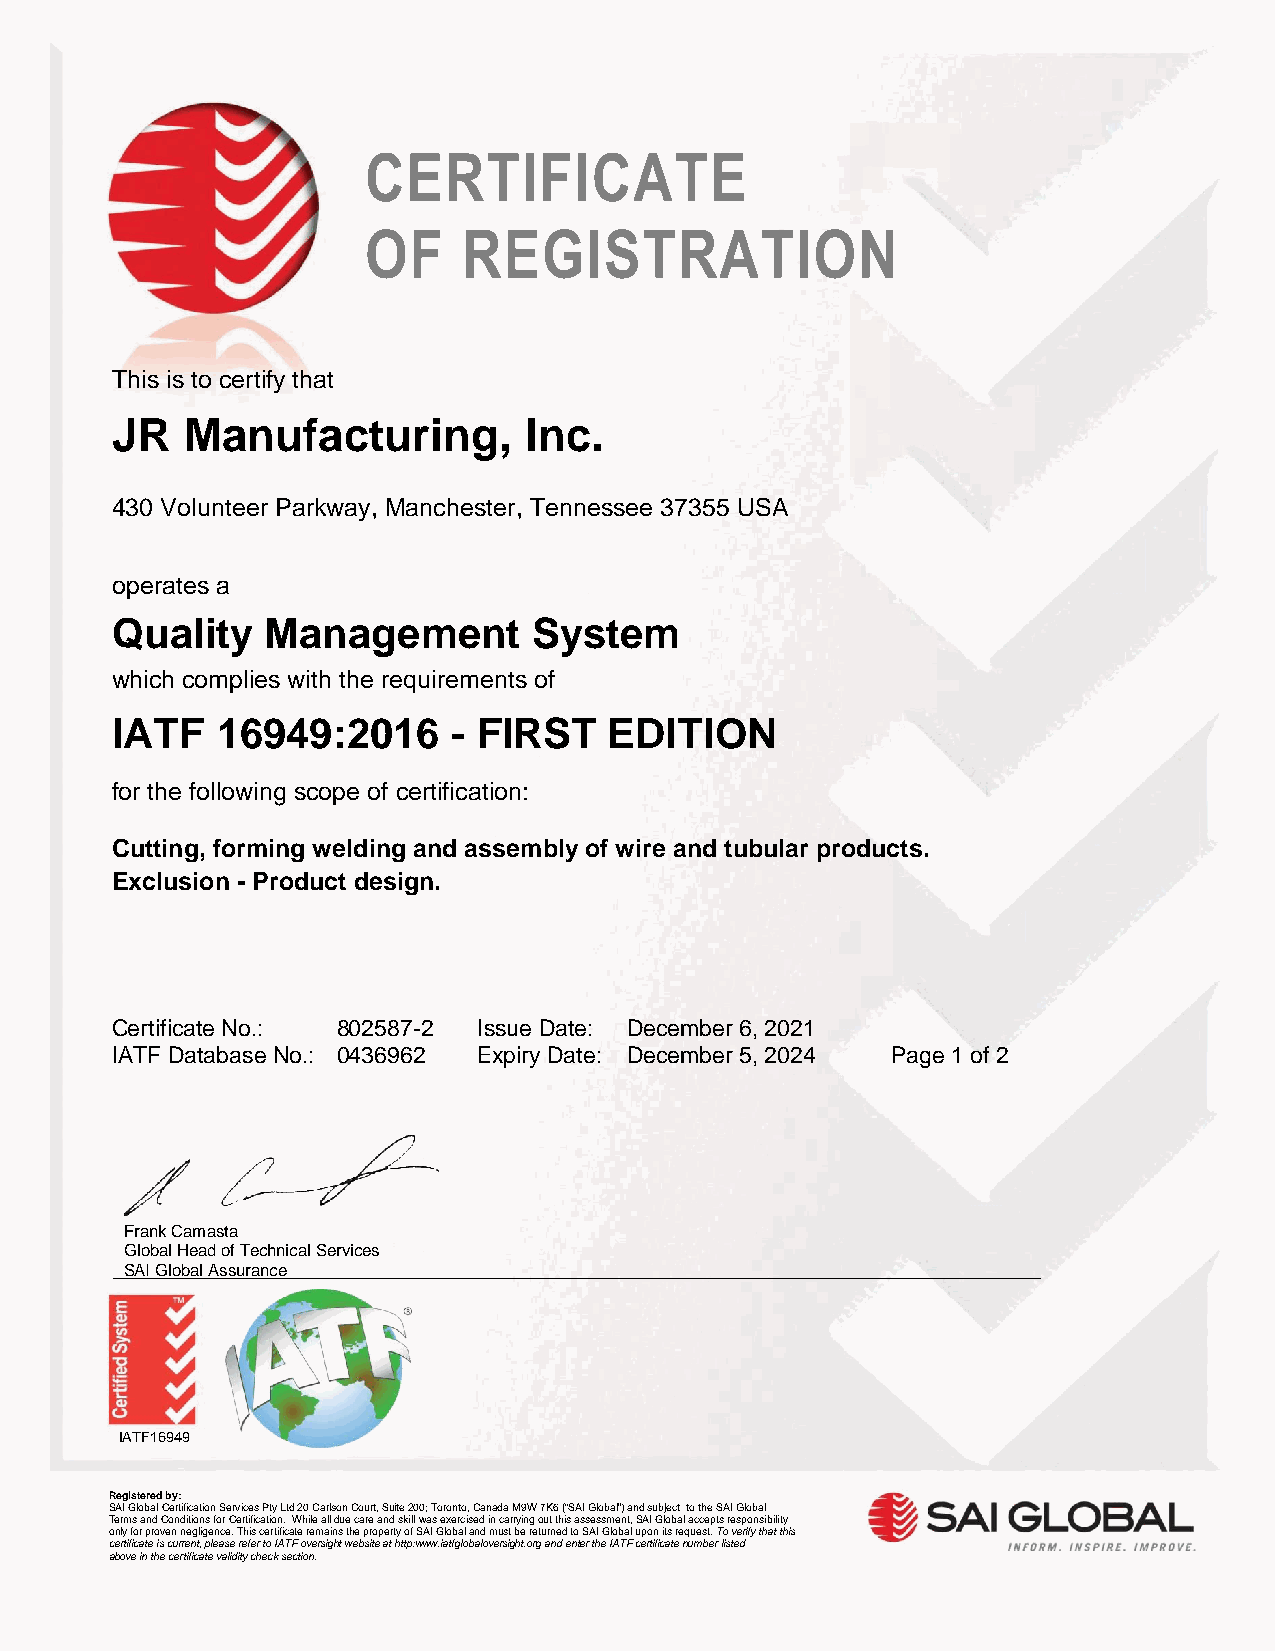
CERTIFICATE
 OF     REGISTRATION
 This is to certify that
 JR   Manufacturing,         Inc.
 430 V olunteer Parkway, Manchester, Tennessee 37355 USA
 operates a
 Qu  ality  Management       System
 which complies with the requirements of
 IATF   16949:2016      - FIRST   EDITION
 for the following scope of certification:
 Cutting, forming welding and assembly of wire and tubular products.
 Exclusion - Product design.
 Certificate No.: 802587-2 Issue Date: December 6, 2021
 IATF Database No.: 0436962 Expiry Date: December 5, 2024 Page 1 of 2
 Frank Camasta
 Global Head of Technical Services
 _S_A_I_ G_l_ob_a_l _A_ss_u_ra_n_c_e_ ________________________________________________________________
 IATF16949
 Registered by:
 SAI Global Certification Services Pty Ltd 20 Carlson Court, Suite 200; Toronto, Canada M9W 7K6 (“SAI Global”) and subject to the SAI Global
 Terms and Conditions for Certification. While all due care and skill was exercised in carrying out this assessment, SAI Global accepts responsibility
 only for proven negligence. This certificate remains the property of SAI Global and must be returned to SAI Global upon its request. To verify that this
 certificate is current, please refer to IATF over sight website at http:www.iatfglobaloversight.org and enter the IATF certificate number listed
 above in the certificate validity check section.
 .>>>>>>>>>>>